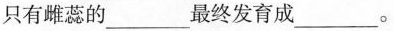
只有雌蕊的___最终发育成___。